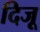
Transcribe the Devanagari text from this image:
दिजू